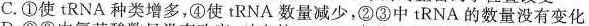
C. ①使tRNA种类增多，④使tRNA数量减少，②③中tRNA的数量没有变化以